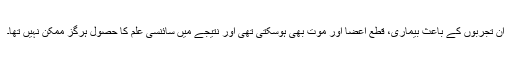
ان تجربوں کے باعث بیماری، قطع اعضا اور موت بھی ہوسکتی تھی اور نتیجے میں سائنسی علم کا حصول ہرگز ممکن نہیں تھا۔